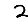
Digit: 2